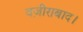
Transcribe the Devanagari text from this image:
वज़ीराबाद।